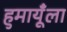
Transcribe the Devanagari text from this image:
हुमायूँला